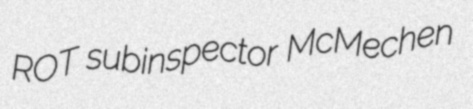
ROT subinspector McMechen